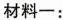
材料一：